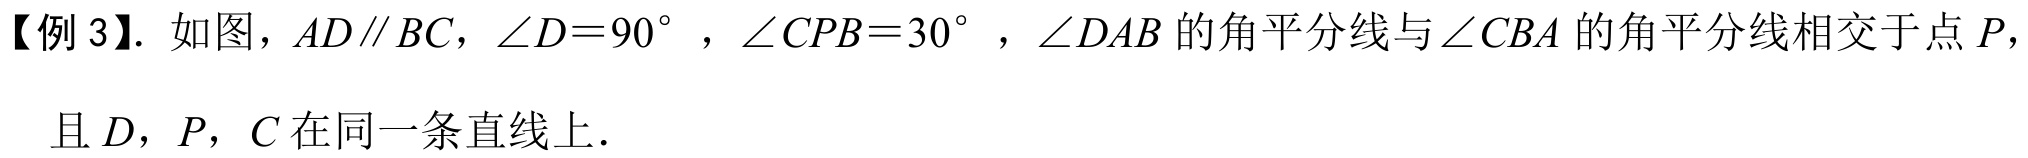
【例 3】. 如图，$AD\parallel BC$，$\angle D = 90^{\circ}$，$\angle CPB = 30^{\circ}$，$\angle DAB$的角平分线与$\angle CBA$的角平分线相交于点$P$，且$D$，$P$，$C$在同一条直线上.